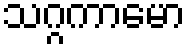
သဂ္ဂကာမော